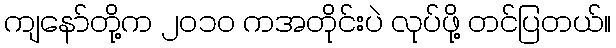
ကျနော်တို့က ၂၀၁၀ ကအတိုင်းပဲ လုပ်ဖို့ တင်ပြတယ်။